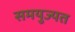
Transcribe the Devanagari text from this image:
समयुज्यत